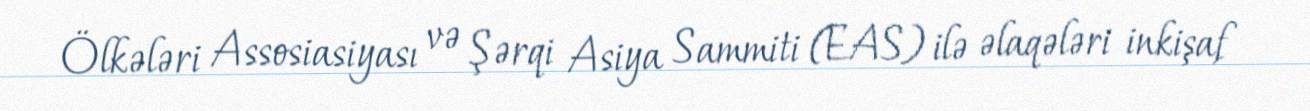
Ölkələri Assosiasiyası və Şərqi Asiya Sammiti (EAS) ilə əlaqələri inkişaf